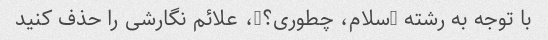
با توجه به رشته "سلام، چطوری؟"، علائم نگارشی را حذف کنید